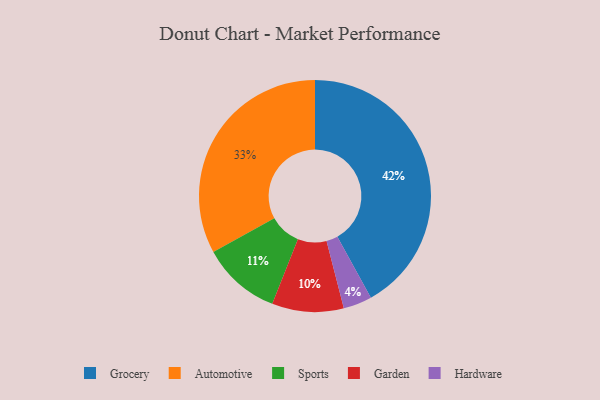
{"axis": {"x": "Category", "y": "Percentage"}, "legend": ["Automotive", "Garden", "Grocery", "Hardware", "Sports"], "data": [{"x": "Sports", "y": 11, "type": "Sports"}, {"x": "Grocery", "y": 42, "type": "Grocery"}, {"x": "Hardware", "y": 4, "type": "Hardware"}, {"x": "Garden", "y": 10, "type": "Garden"}, {"x": "Automotive", "y": 33, "type": "Automotive"}]}